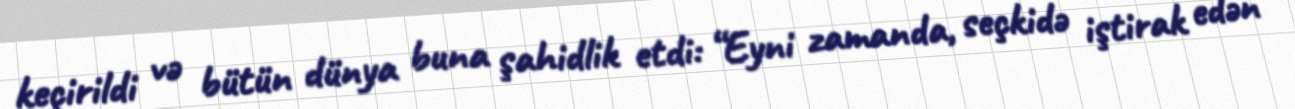
keçirildi və bütün dünya buna şahidlik etdi: “Eyni zamanda, seçkidə iştirak edən